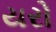
યરો